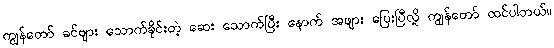
ကျွန်တော် ခင်ဗျား သောက်ခိုင်းတဲ့ ဆေး သောက်ပြီး နောက် အဖျား ပြေးပြီလို့ ကျွန်တော် ထင်ပါတယ်။